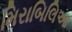
મિરાબિલિઆ